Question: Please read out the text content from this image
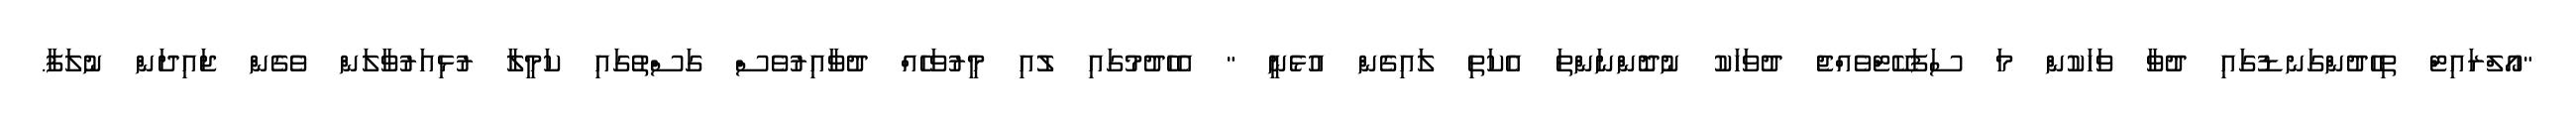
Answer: "އޯލްރައިޓް ތިހެދުންގަނޑުގައި ދުވާ ވަހަކުން މަ ސަފަކޭޓްވެއްޖެ ދުވަހަކު ނުދޮންނަންތަ އެކަތި ލައިގެން އުޅެނީ " އެހެދުމުގައި ލުއި މީރުވަހެއް ދުވާއިރުވެސް ގަސްތުގައި ކަމީލާ ރުޅިއަރުވާލަން ވެގެން ޖައިދަން ނުލަފާ.